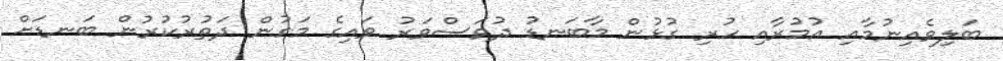
ބަލިވެއިނުމާއި އުމުރާއި ހުރި ގުޅުން މާބަނޑު ދުވަސްވަރު ވައިގެ މަގުން ދަތުރުކުރުން ބަނޑަށް